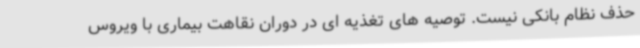
حذف نظام بانکی نیست. توصیه های تغذیه ای در دوران نقاهت بیماری با ویروس